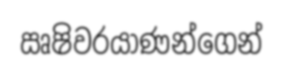
ඍෂිවරයාණන්ගෙන්